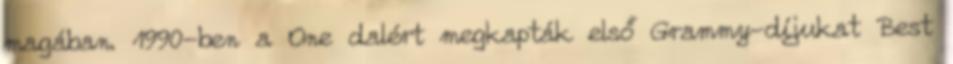
magában. 1990-ben a One dalért megkapták első Grammy-díjukat Best